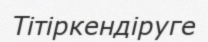
Тітіркендіруге